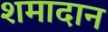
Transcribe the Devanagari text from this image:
शमादान